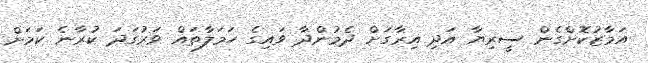
އަމާޒުކޮށްގެން ސީރިޔާ އަދި އިރާގަށް ދެމުންދާ ވައިގެ ހަމަލާތައް ވަރުގަދަ ކުރާނެ ކަމަށް